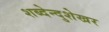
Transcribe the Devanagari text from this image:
शब्देन्दुशेखर